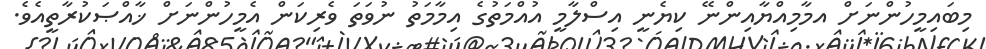
މިބައިމީހުންނަށް އމާމިއްޔާއިންނޭ ކިޔެނީ އިސްލާމީ އުއްމަތުގެ އިމާމަތު ނުވަތަ ވެރިކަން އެމީހުންނަށް ޚާއްޞަކުރާތީއެވެ.